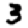
Digit: 3